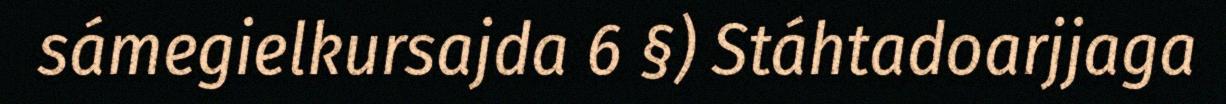
sámegielkursajda 6 §) Stáhtadoarjjaga